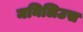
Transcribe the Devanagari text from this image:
मनिलिउस